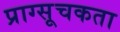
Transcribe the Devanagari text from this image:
प्राग्सूचकता